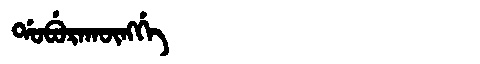
Manchu: ᡩᠣᠪᡠᡵᠠᡴᡡᠩᡤᡝ
Romanization: DOBURAKŪNGGE